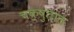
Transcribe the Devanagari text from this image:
चक्षुताल